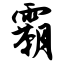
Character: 霸